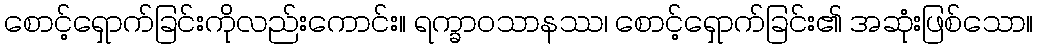
စောင့်ရှောက်ခြင်းကိုလည်းကောင်း။ ရက္ခာဝသာနဿ၊ စောင့်ရှောက်ခြင်း၏ အဆုံးဖြစ်သော။